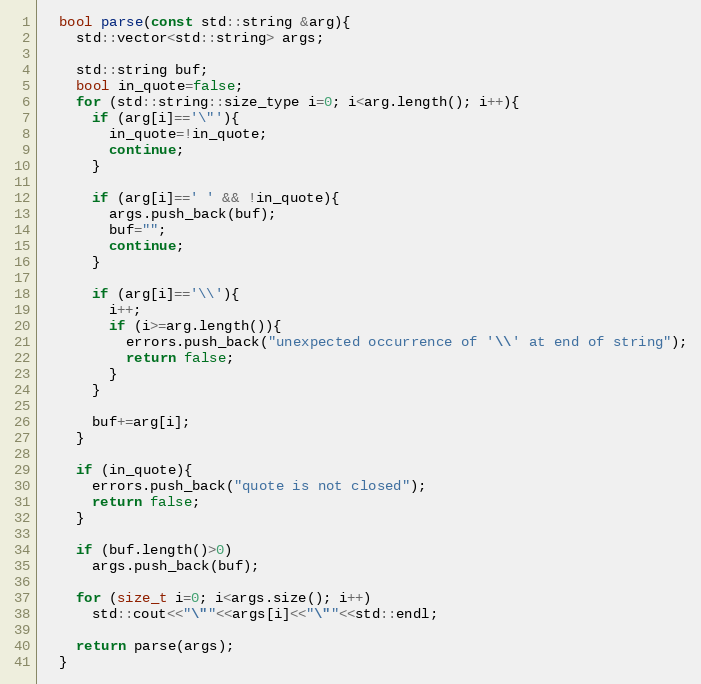
Language: C
  bool parse(const std::string &arg){
    std::vector<std::string> args;

    std::string buf;
    bool in_quote=false;
    for (std::string::size_type i=0; i<arg.length(); i++){
      if (arg[i]=='\"'){
        in_quote=!in_quote;
        continue;
      }

      if (arg[i]==' ' && !in_quote){
        args.push_back(buf);
        buf="";
        continue;
      }

      if (arg[i]=='\\'){
        i++;
        if (i>=arg.length()){
          errors.push_back("unexpected occurrence of '\\' at end of string");
          return false;
        }
      }

      buf+=arg[i];
    }

    if (in_quote){
      errors.push_back("quote is not closed");
      return false;
    }

    if (buf.length()>0)
      args.push_back(buf);

    for (size_t i=0; i<args.size(); i++)
      std::cout<<"\""<<args[i]<<"\""<<std::endl;

    return parse(args);
  }